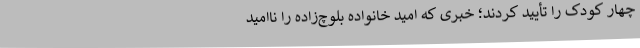
چهار کودک را تأیید کردند؛ خبری که امید خانواده بلوچ‌زاده را ناامید